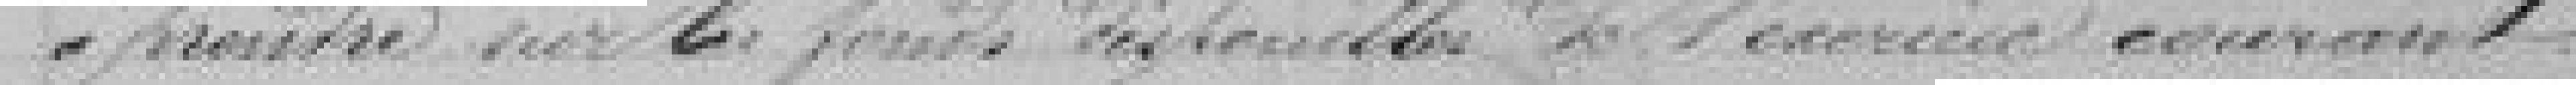
à prendre sur les fonds disponibles de l'exercice courant.